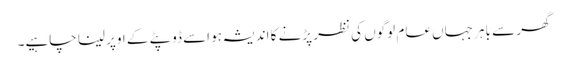
گھر سے باہر جہاں عام لوگوں کی نظر پڑنے کا اندیشہ ہو اسے ڈوپٹے کے اوپر لینا چاہیے۔